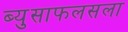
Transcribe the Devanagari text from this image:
ब्युसाफलसला